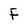
Character: F